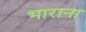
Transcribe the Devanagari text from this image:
भाराना